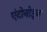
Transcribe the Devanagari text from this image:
एंटोनोइन